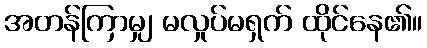
အတန်ကြာမျှ မလှုပ်မရှက် ထိုင်နေ၏။